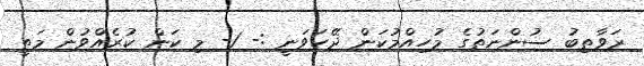
ރަވާތިބު ސުންނަތުގެ މުހިއްމުކަން ދޭހަވަނީ :- 1- މި ކަން ކުރެއްވުން މަތީ